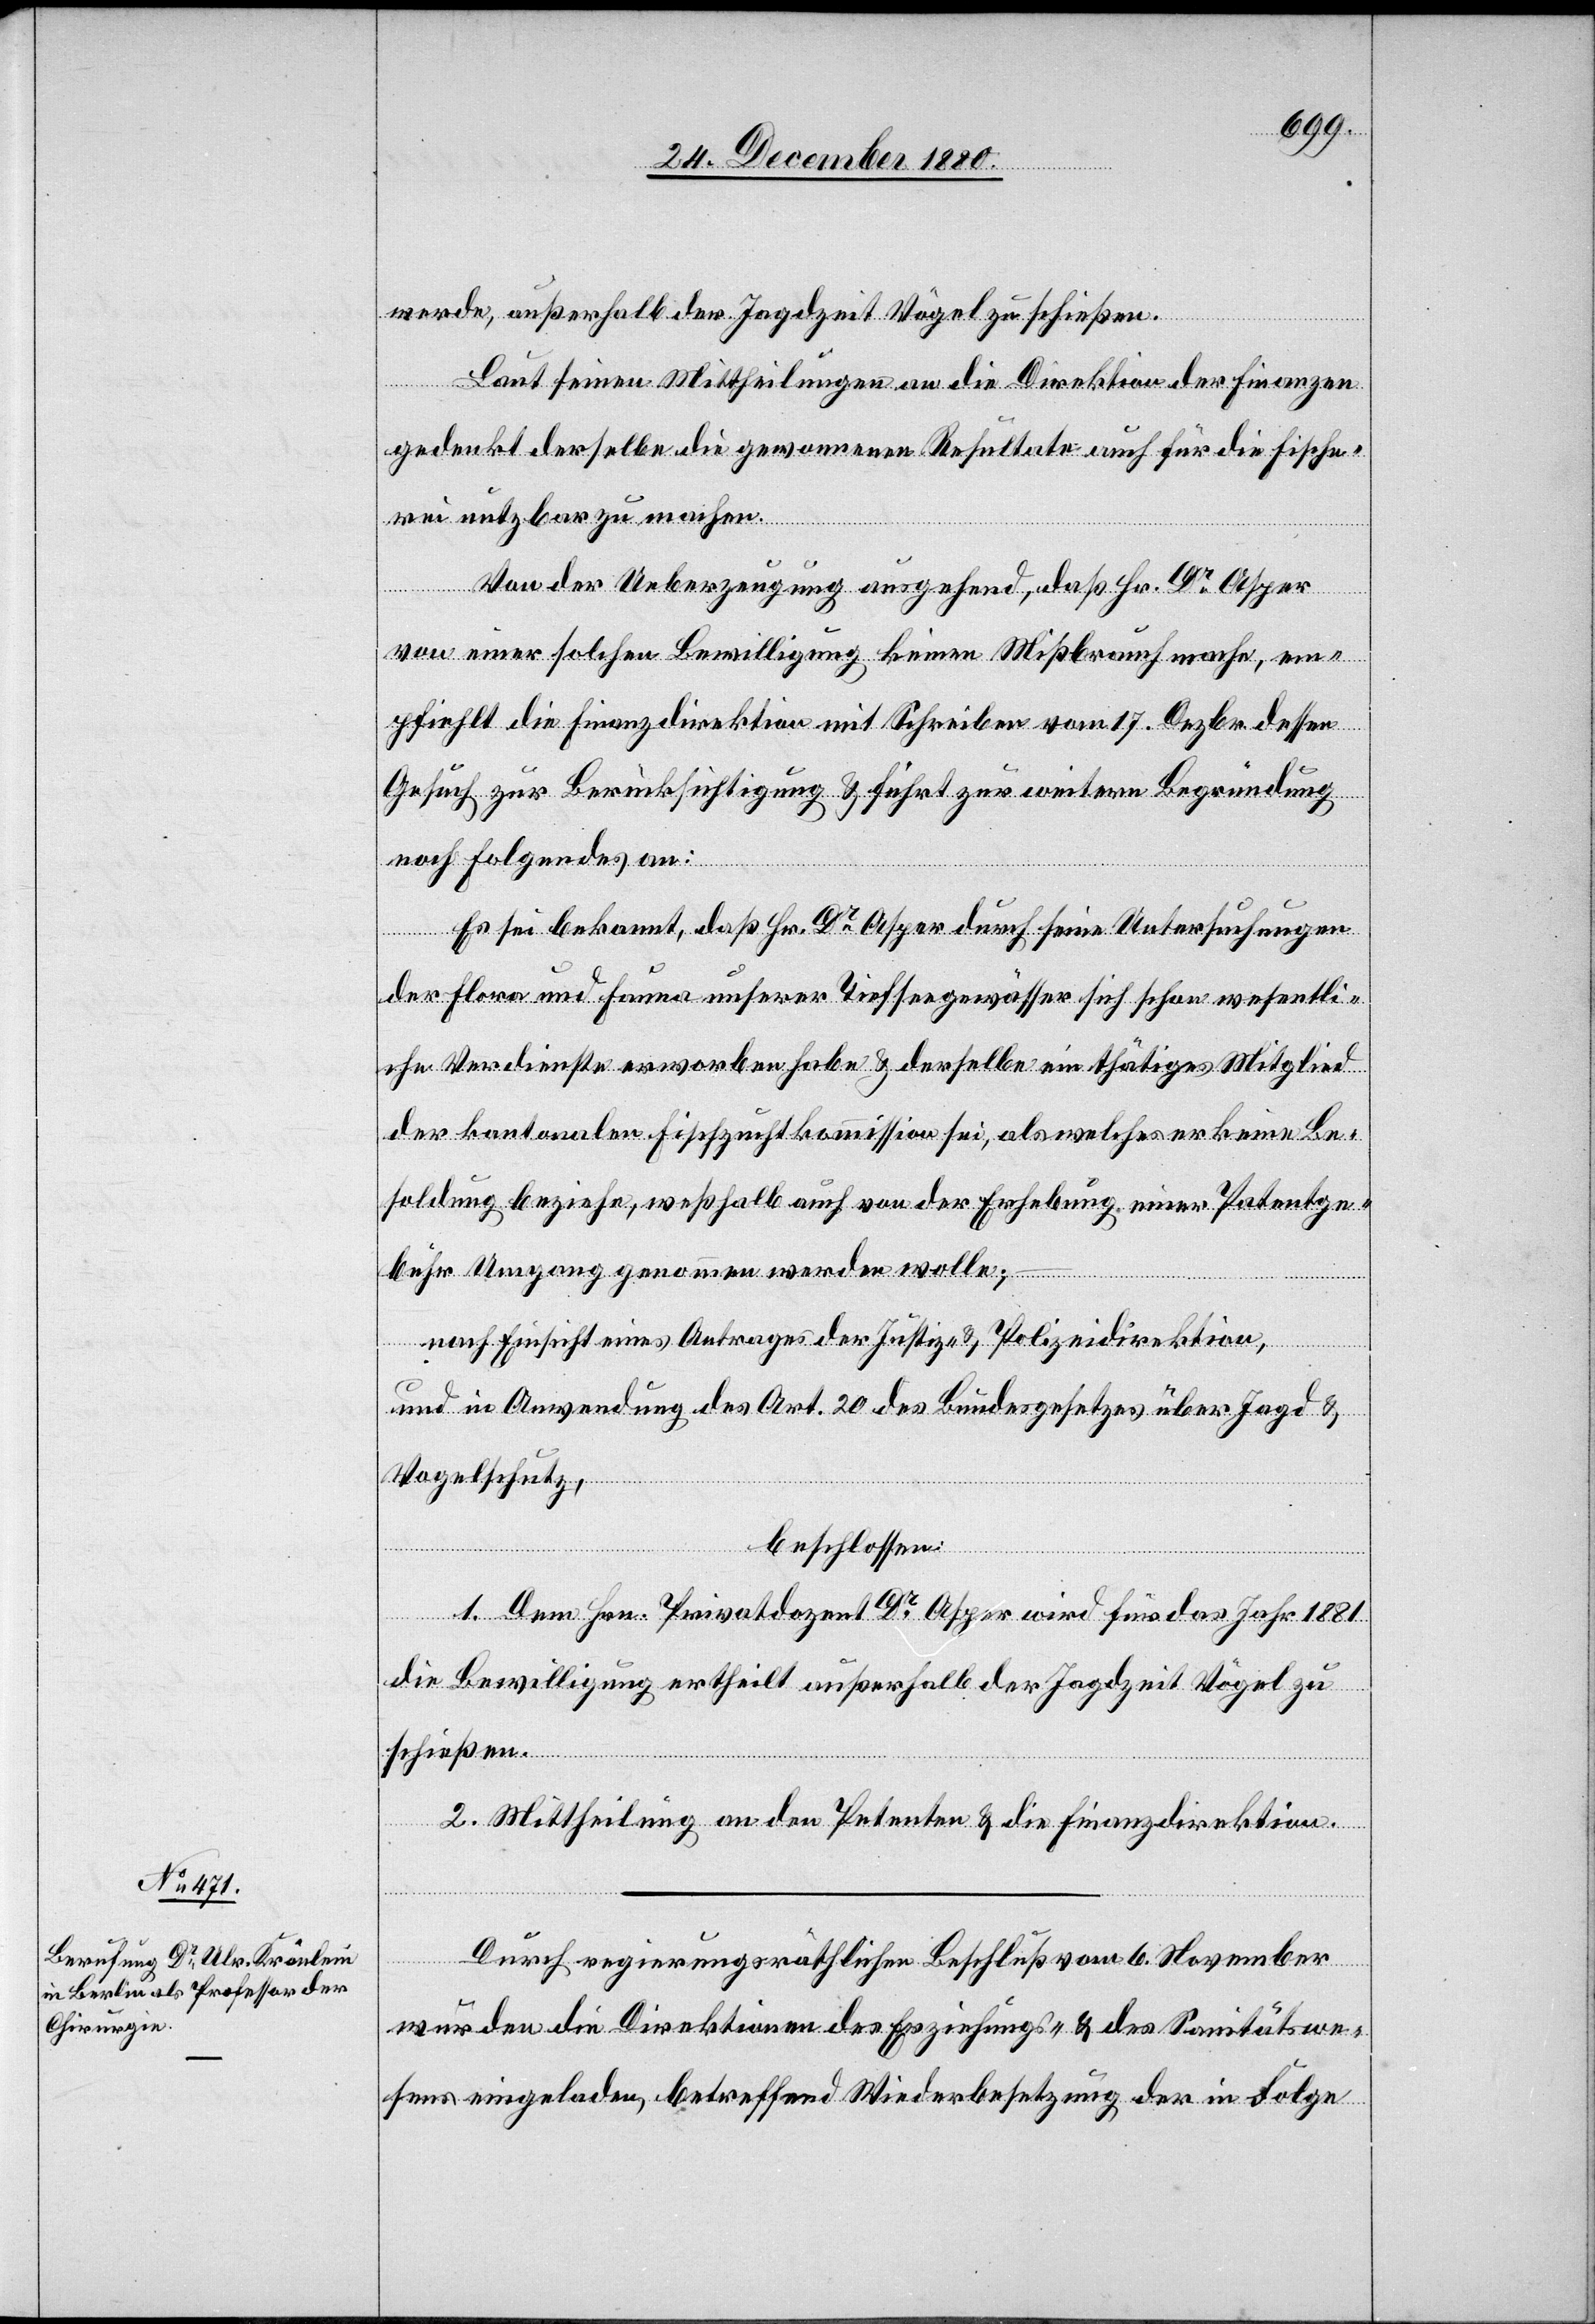
werde, außerhalb der Jagdzeit Vögel zu schießen.
Laut seinen Mittheilungen an die Direktion der Finanzen
gedenkt derselbe die gewonnenen Resultate auch für die Fische¬
rei nutzbar zu machen.
Von der Ueberzeugung ausgehend, daß Hr. Dr Asper
von einer solchen Bewilligung keinen Mißbrauch mache, em¬
pfiehlt die Finanzdirektion mit Schreiben vom 17. Dezbr. dessen
Gesuch zur Berücksichtigung & führt zur weitern Begründung
noch Folgendes an:
Es sei bekannt, daß Hr. Dr Asper durch seine Untersuchungen
der Flora und Fauna unserer Tiefseegewässer sich schon wesentli¬
che Verdienste erworben habe & derselbe ein thätiges Mitglied
der kantonalen Fischzuchtkommission sei, als welches er keine Be¬
soldung beziehe, weßhalb auch von der Erhebung einer Patentge¬
bühr Umgang genommen werden wolle;
nach Einsicht eines Antrages der Justiz- & Polizeidirektion,
und in Anwendung des Art. 20 des Bundesgesetzes über Jagd &
Vogelschutz,
beschlossen:
1. Dem Hrn. Privatdozent Dr Asper wird für das Jahr 1881
die Bewilligung ertheilt außerhalb der Jagdzeit Vögel zu
schießen.
2. Mittheilung an den Petenten & die Finanzdirektion.
Durch regierungsräthlichen Beschluß vom 6. November
wurden die Direktionen des Erziehungs- & des Sanitätswe¬
sens eingeladen, betreffend Wiederbesetzung der in Folge